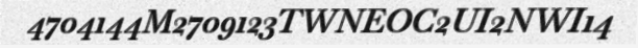
4704144M2709123TWNEOC2UI2NWI14